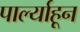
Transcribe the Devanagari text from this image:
पार्ल्याहून